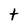
Character: t